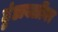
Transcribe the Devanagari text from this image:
हुंडाबळींवर